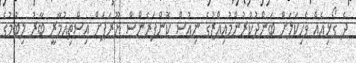
ދެ ގޯޅިއެއް ވެހިކަލަށް ބަންދުކުރުންމުއިއްޒުގެ ނިއުސް ކޮންފަރެންސް ޔޫރަޕަށް އިސްތިއުމާރީ ބާރު ލިބުމުގެ